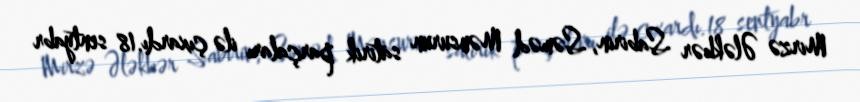
Mirzə Ələkbər Sabirin, Səməd Mənsurun satirik parçaları ilə çıxardı.18 sentyabr